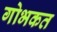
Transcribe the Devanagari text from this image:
गोभकत